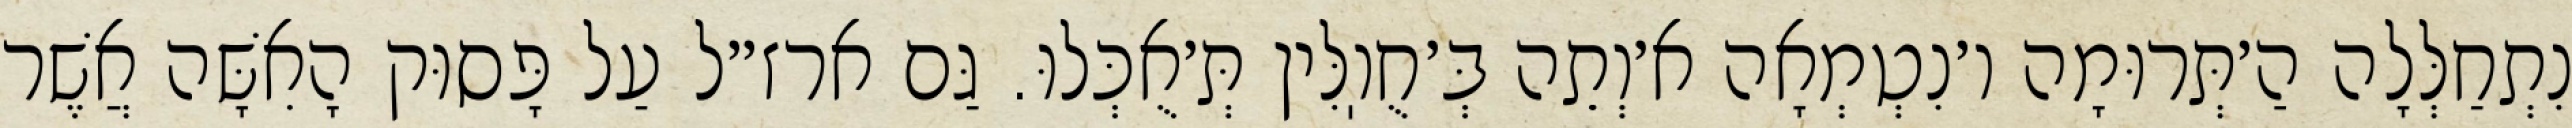
נִתְחַלְּלָה הַ׳תְּרוּמָה ו׳נִטְמְאָה א׳וְתֵה בְּ׳חֻוֽלִּין תְּ׳אֻכְּלוּ. גַּם ארז״ל עַל פָּסוּק הָאִשָּׁה אֲשֶׁר